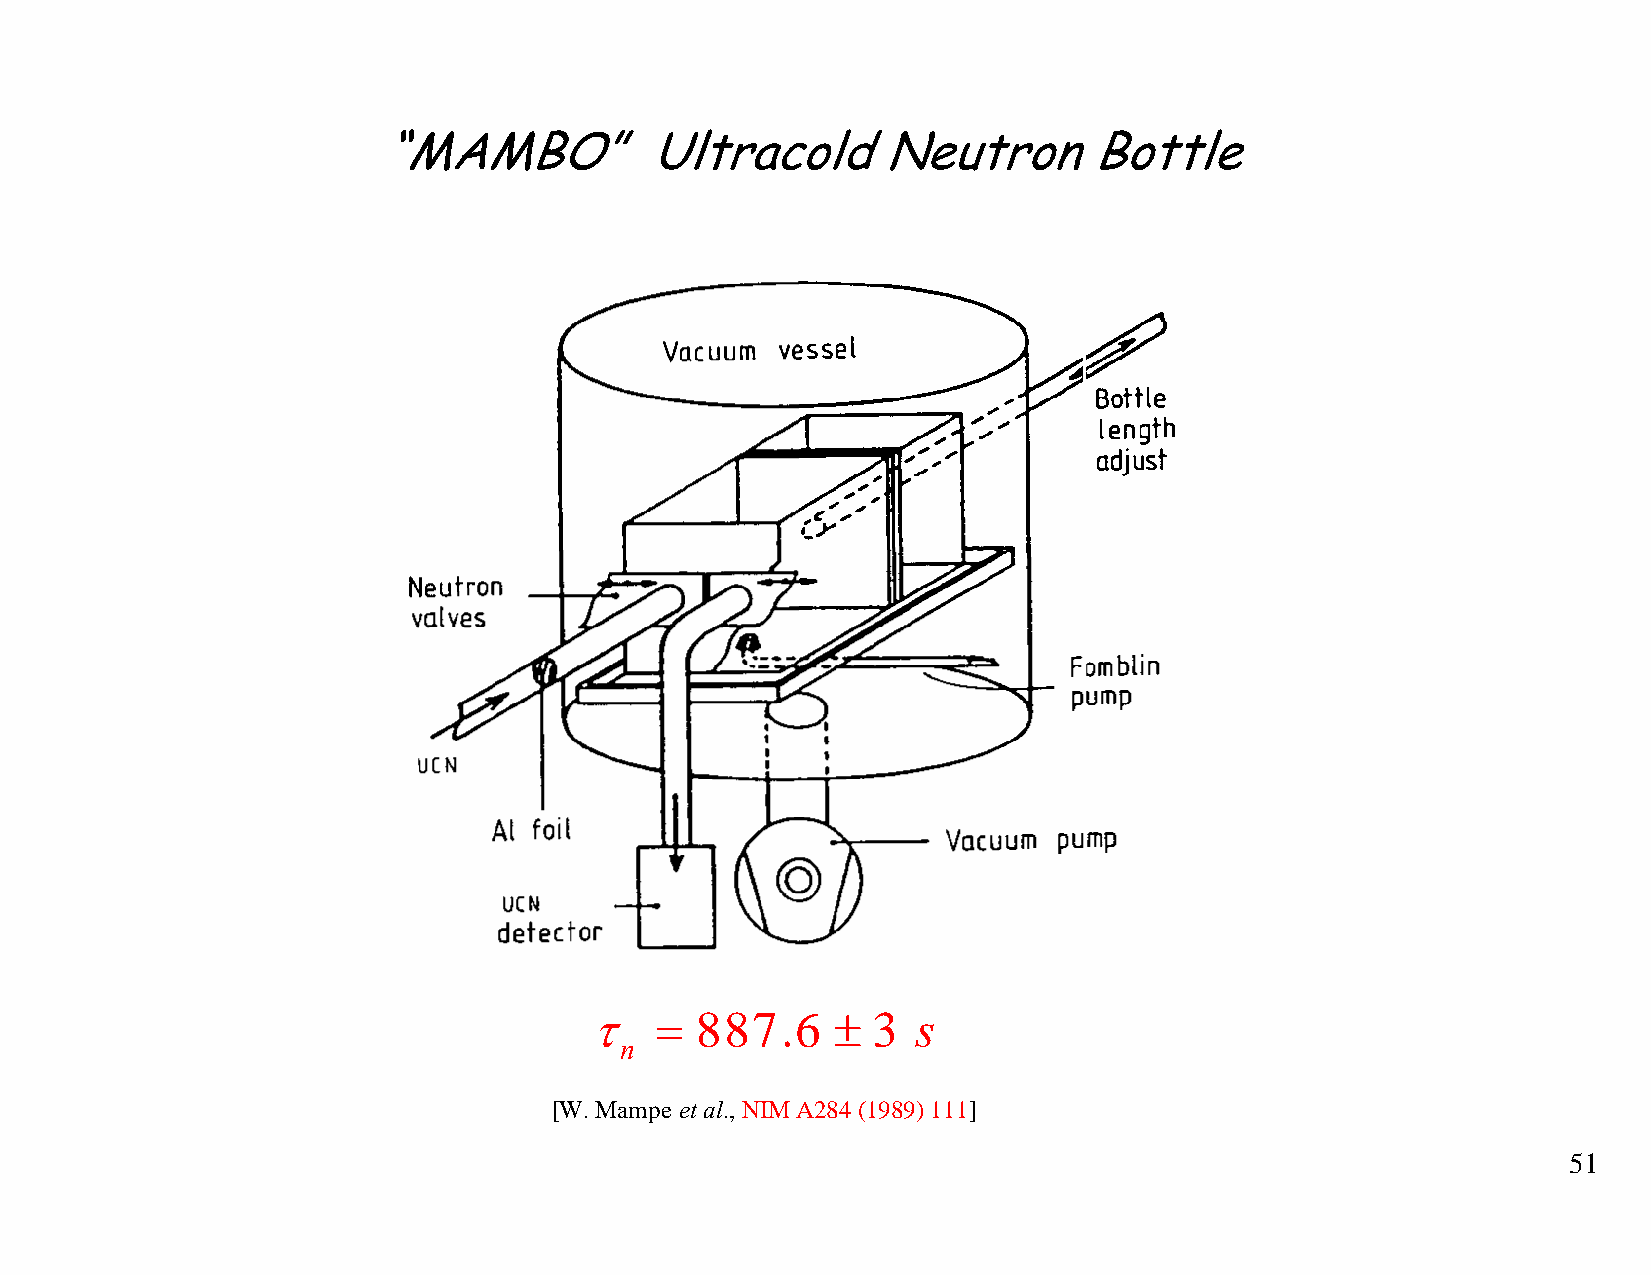
“MAMBO”           Ultracold      Neutron       Bottle
 τ   =  887.6    ±  3  s
 n
 [W. Mampe et al., NIM A284 (1989) 111]
 51